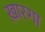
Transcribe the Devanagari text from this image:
ख़ारगा